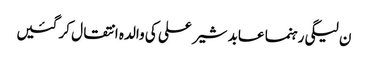
ن لیگی رہنما عابد شیر علی کی والدہ انتقال کر گئیں